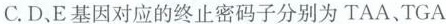
C.D、E基因对应的终止密码子分别为TAA、TGA